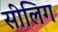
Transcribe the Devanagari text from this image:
सीलिग